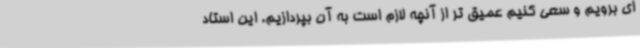
ای برویم و سعی کنیم عمیق تر از آنچه لازم است به آن بپردازیم. این استاد